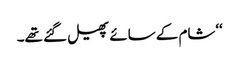
‘‘شام کے سائے پھیل گئے تھے۔